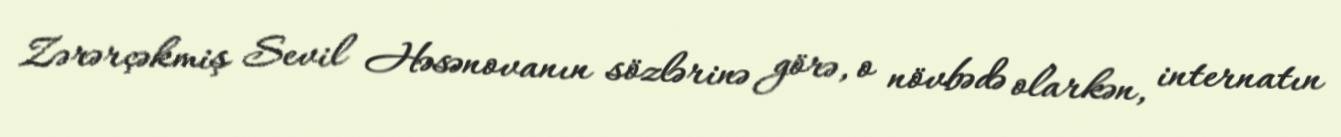
Zərərçəkmiş Sevil Həsənovanın sözlərinə görə, o növbədə olarkən, internatın